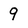
Character: 9